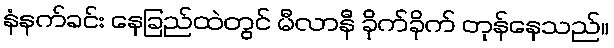
နံနက်ခင်း နေခြည်ထဲတွင် မီလာနီ ခိုက်ခိုက် တုန်နေသည်။